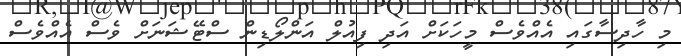
މި ހާދިސާގައި އެއްވެސް މީހަކަށް އަދި ފިއުލް އަންލޯޑިން ސްޓޭޝަނަށް ވެސް އެއްވެސް